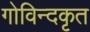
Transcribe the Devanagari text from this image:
गोविन्दकृत